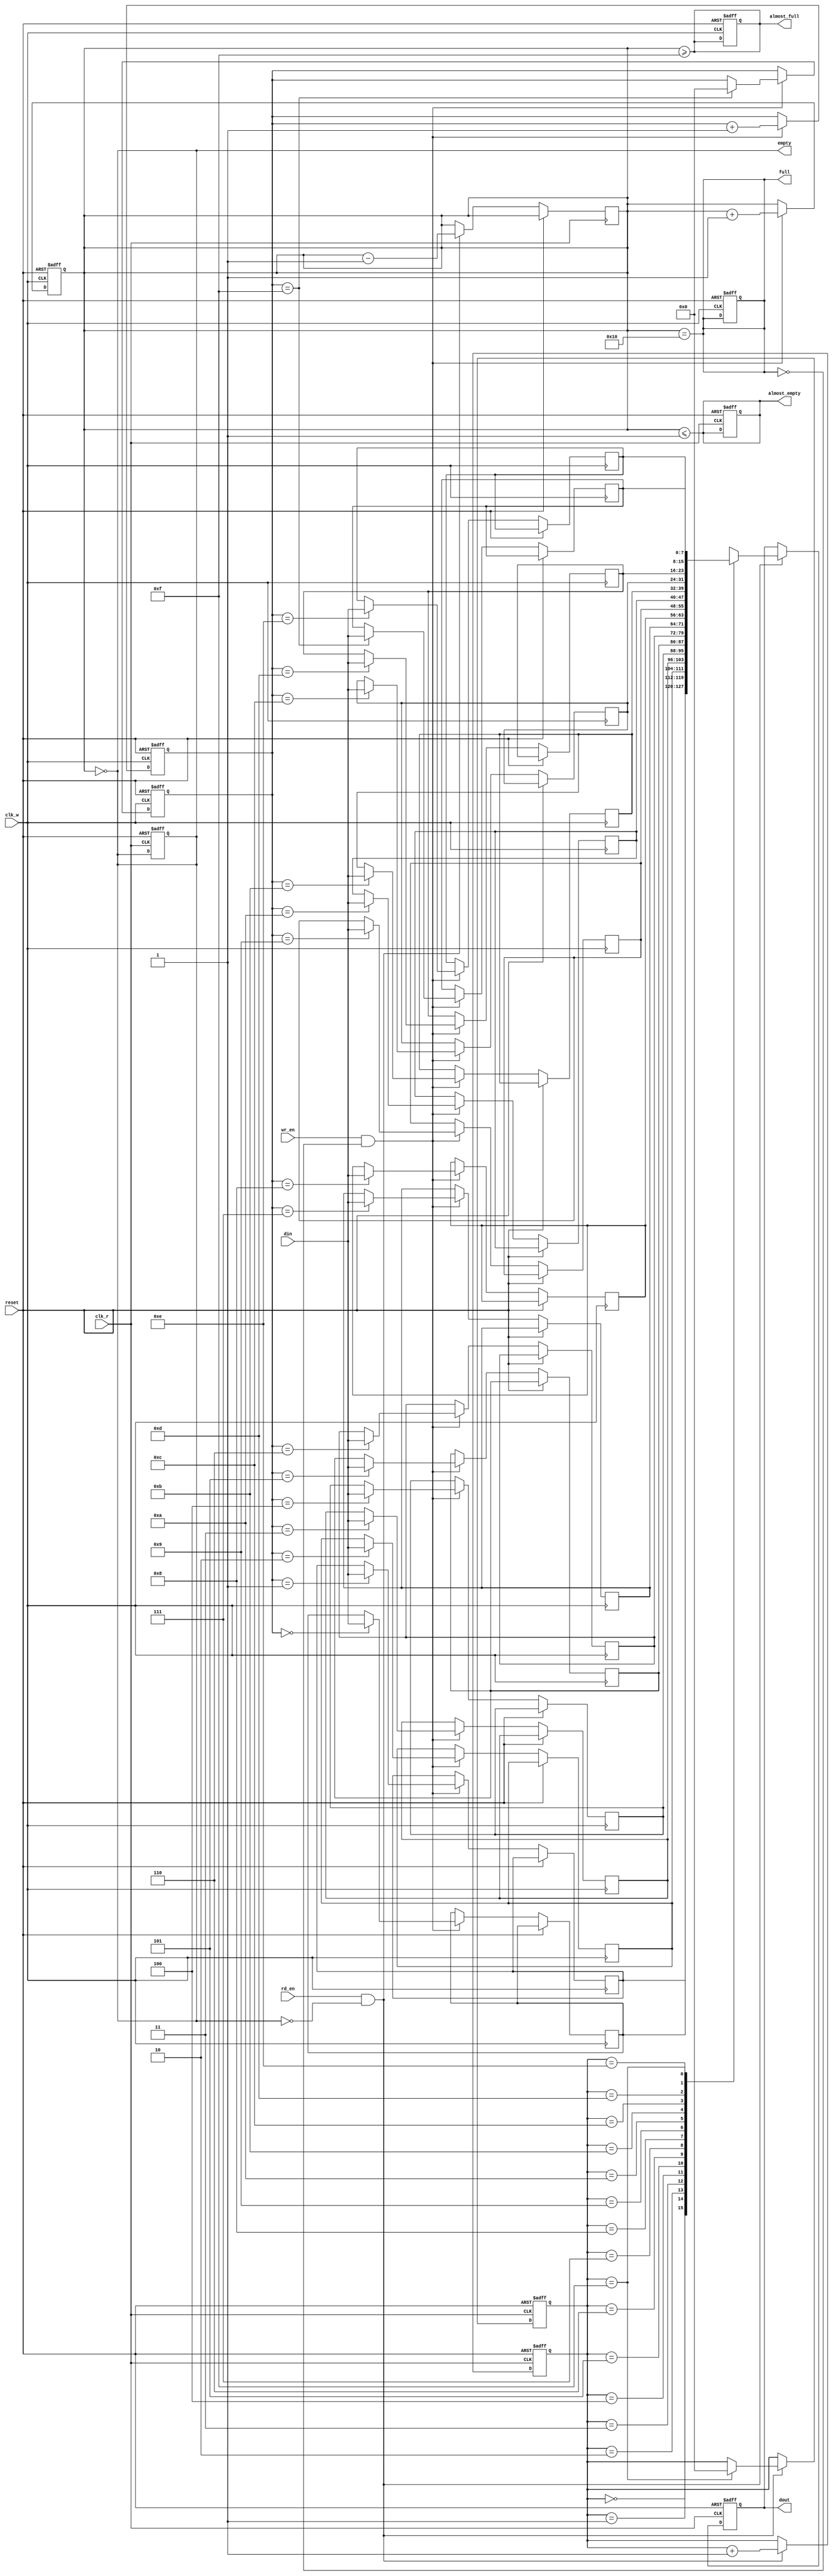
module async_fifo #(
    parameter DATA_WIDTH = 8,    // Width of data
    parameter FIFO_DEPTH = 16,    // Depth of FIFO (must be a power of 2)
    parameter ADDR_WIDTH = 4       // Address width for FIFO_DEPTH
)(
    input wire clk_w,              // Write clock
    input wire clk_r,              // Read clock
    input wire reset,              // Asynchronous reset
    input wire wr_en,              // Write enable
    input wire rd_en,              // Read enable
    input wire [DATA_WIDTH-1:0] din, // Data input
    output reg [DATA_WIDTH-1:0] dout, // Data output
    output reg full,               // Full flag
    output reg empty,              // Empty flag
    output reg almost_full,        // Almost full flag
    output reg almost_empty        // Almost empty flag
);

    // Memory array
    reg [DATA_WIDTH-1:0] fifo_mem [0:FIFO_DEPTH-1];

    // Write and Read pointers
    reg [ADDR_WIDTH-1:0] wp, rp;
    reg [ADDR_WIDTH:0] count; // Count of elements in FIFO

    // Asynchronous reset logic
    always @(posedge clk_w or posedge reset) begin
        if (reset) begin
            wp <= 0;
            count <= 0;
            full <= 0;
            almost_full <= 0;
        end else if (wr_en && !full) begin
            fifo_mem[wp] <= din; // Write data to FIFO
            wp <= wp + 1'b1;      // Increment write pointer
            count <= count + 1'b1; // Increment count
        end
    end

    always @(posedge clk_r or posedge reset) begin
        if (reset) begin
            rp <= 0;
            dout <= 0;
            empty <= 1;
            almost_empty <= 1;
        end else if (rd_en && !empty) begin
            dout <= fifo_mem[rp]; // Read data from FIFO
            rp <= rp + 1'b1;      // Increment read pointer
            count <= count - 1'b1; // Decrement count
        end
    end

    // Status flags logic
    always @(*) begin
        full = (count == FIFO_DEPTH);
        empty = (count == 0);
        almost_full = (count >= (FIFO_DEPTH - 1));
        almost_empty = (count <= 1);
    end

    // Pointer wrap-around logic
    always @(posedge clk_w or posedge reset) begin
        if (reset) begin
            wp <= 0;
        end else if (wr_en && !full) begin
            if (wp == FIFO_DEPTH - 1)
                wp <= 0; // Wrap around
        end
    end

    always @(posedge clk_r or posedge reset) begin
        if (reset) begin
            rp <= 0;
        end else if (rd_en && !empty) begin
            if (rp == FIFO_DEPTH - 1)
                rp <= 0; // Wrap around
        end
    end

endmodule